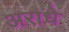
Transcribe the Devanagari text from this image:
अराधे